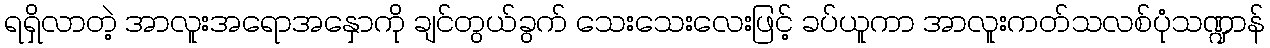
ရရှိလာတဲ့ အာလူးအရောအနှောကို ချင်တွယ်ခွက် သေးသေးလေးဖြင့် ခပ်ယူကာ အာလူးကတ်သလစ်ပုံသဏ္ဍာန်